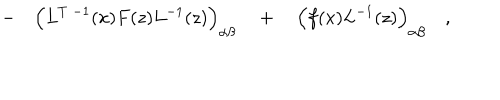
\qquad - \quad \Bigl ( L ^ { T \; - 1 } ( x ) F ( z ) L ^ { - 1 } ( z ) \Bigr ) _ { \alpha \beta } \quad + \quad \Bigl ( f ( x ) L ^ { - 1 } ( z ) \Bigr ) _ { \alpha \beta } \quad ,